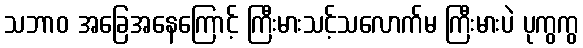
သဘာဝ အခြေအနေကြောင့် ကြီးမားသင့်သလောက်မ ကြီးမားပဲ ပုကွကွ